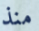
منذ